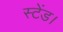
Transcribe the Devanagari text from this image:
स्टेंड।